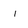
Character: i